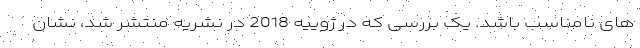
های نامناسب باشد. یک بررسی که در ژوییه 2018 در نشریه منتشر شد، نشان